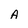
Character: A